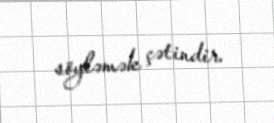
söyləmək çətindir.